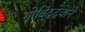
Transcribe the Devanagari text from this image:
गोविंददेवाने